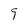
Character: 9